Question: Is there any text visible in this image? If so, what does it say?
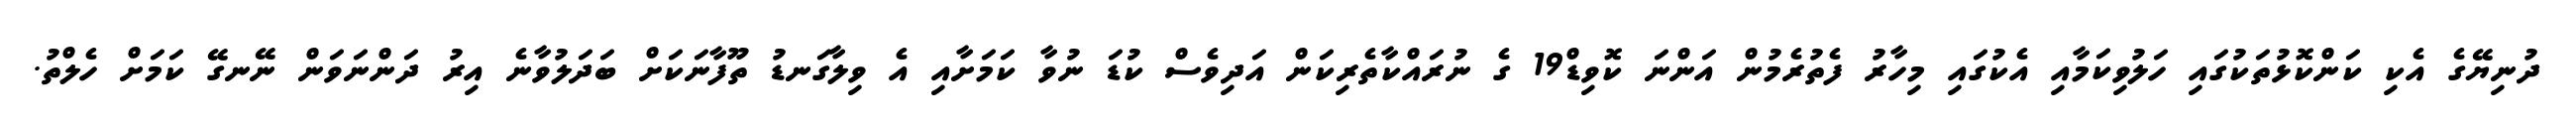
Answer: ދުނިޔޭގެ އެކި ކަންކޮޅުތަކުގައި ހަލުވިކަމާއި އެކުގައި މިހާރު ފެތުރެމުން އަންނަ ކޮވިޑް19 ގެ ނުރައްކާތެރިކަން އަދިވެސް ކުޑަ ނުވާ ކަމަށާއި އެ ވިލާގަނޑު ތޫފާނަކަށް ބަދަލުވާނެ އިރު ދަންނަވަން ނޭނގޭ ކަމަށް ހެލްތު.